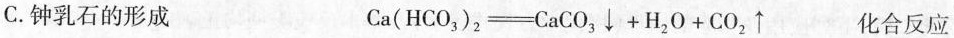
C.钟乳石的形成 Ca(HCO_{3})_{2} \xlongequal[]{} CaCO_{3} \downarrow +H_{2}O+CO_{2} \uparrow 化合反应